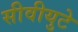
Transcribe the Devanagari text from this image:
सीवीयुटे